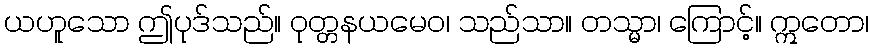
ယဟူသော ဤပုဒ်သည်။ ဝုတ္တနယမေဝ၊ သည်သာ။ တသ္မာ၊ ကြောင့်။ ဣတော၊